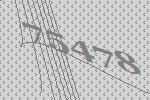
75478